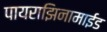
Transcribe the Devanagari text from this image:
पायराझिनामाईड